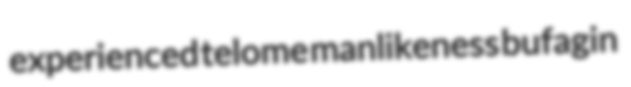
experienced telome manlikeness bufagin